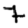
Digit: 7